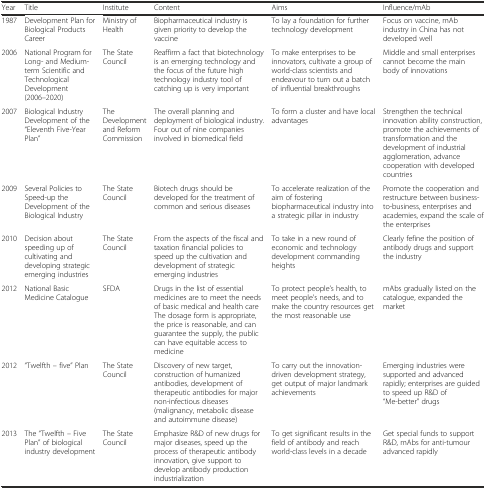
| Year | Title | Institute | Content | Aims | Influence/mAb |
 | --- | --- | --- | --- | --- | --- |
 | 1987 | Development Plan for Biological Products Career | Ministry of Health | Biopharmaceutical industry is given priority to develop the vaccine | To lay a foundation for further technology development | Focus on vaccine, mAb industry in China has not developed well |
 | 2006 | National Program for Long- and Medium-term Scientific and Technological Development (2006–2020) | The State Council | Reaffirm a fact that biotechnology is an emerging technology and the focus of the future high technology industry tool of catching up is very important | To make enterprises to be innovators, cultivate a group of world-class scientists and endeavour to turn out a batch of influential breakthroughs | Middle and small enterprises cannot become the main body of innovations |
 | 2007 | Biological Industry Development of the “Eleventh Five-Year Plan” | The Development and Reform Commission | The overall planning and deployment of biological industry. Four out of nine companies involved in biomedical field | To form a cluster and have local advantages | Strengthen the technical innovation ability construction, promote the achievements of transformation and the development of industrial agglomeration, advance cooperation with developed countries |
 | 2009 | Several Policies to Speed-up the Development of the Biological Industry | The State Council | Biotech drugs should be developed for the treatment of common and serious diseases | To accelerate realization of the aim of fostering biopharmaceutical industry into a strategic pillar in industry | Promote the cooperation and restructure between business-to-business, enterprises and academies, expand the scale of the enterprises |
 | 2010 | Decision about speeding up of cultivating and developing strategic emerging industries | The State Council | From the aspects of the fiscal and taxation financial policies to speed up the cultivation and development of strategic emerging industries | To take in a new round of economic and technology development commanding heights | Clearly fefine the position of antibody drugs and support the industry |
 | 2012 | National Basic Medicine Catalogue | SFDA | Drugs in the list of essential medicines are to meet the needs of basic medical and health care The dosage form is appropriate, the price is reasonable, and can guarantee the supply, the public can have equitable access to medicine | To protect people’s health, to meet people's needs, and to make the country resources get the most reasonable use | mAbs gradually listed on the catalogue, expanded the market |
 | 2012 | “Twelfth – five” Plan | The State Council | Discovery of new target, construction of humanized antibodies, development of therapeutic antibodies for major non-infectious diseases (malignancy, metabolic disease and autoimmune disease) | To carry out the innovation-driven development strategy, get output of major landmark achievements | Emerging industries were supported and advanced rapidly; enterprises are guided to speed up R&D of “Me-better” drugs |
 | 2013 | The “Twelfth – Five Plan” of biological industry development | The State Council | Emphasize R&D of new drugs for major diseases, speed up the process of therapeutic antibody innovation, give support to develop antibody production industrialization | To get significant results in the field of antibody and reach world-class levels in a decade | Get special funds to support R&D, mAbs for anti-tumour advanced rapidly |